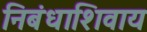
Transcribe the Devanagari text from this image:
निबंधाशिवाय